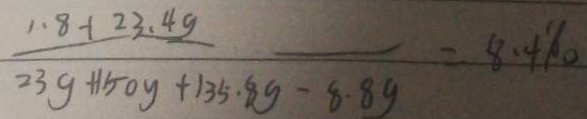
\frac { 1 . 8 + 2 3 . 4 g } { 2 3 g + 1 5 0 g + 1 3 5 . 8 g - 8 . 8 g } = 8 . 4 8 。